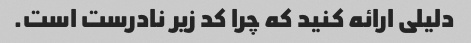
دلیلی ارائه کنید که چرا کد زیر نادرست است.